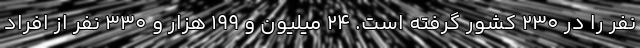
نفر را در ۲۳۰ کشور گرفته است. ۲۴ میلیون و ۱۹۹ هزار و ۳۳۰ نفر از افراد